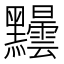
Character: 𪓂